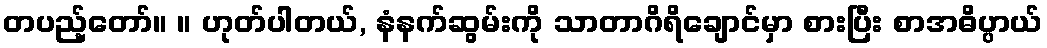
တပည့်တော်။ ။ ဟုတ်ပါတယ်, နံနက်ဆွမ်းကို သာတာဂိရိချောင်မှာ စားပြီး စာအဓိပ္ပာယ်